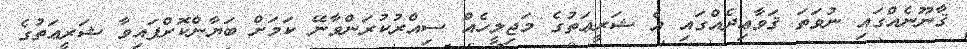
ޤާނޫނެއްގައި ނުވަތަ ޤަވާޢިދެއްގައި އެ ޝަރީޢަތުގެ މަޖިލީހެއް ސިއްރުކުރަންވާނޭ ކަމަށް ބަޔާންކޮށްފައިވާ ޝަރީޢަތުގެ